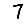
Digit: 7